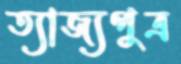
ত্যাজ্যপুত্র